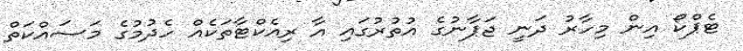
ޓެޕްކޯ އިން މިހާރު ދަނީ ޖަޕާނުގެ އުތުރުގައި އާ ރިއެކްޓާތަކެއް ހެދުމުގެ މަސައްކަތް